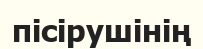
пісірушінің